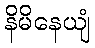
နိမိနေယျံ